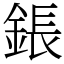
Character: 鋹